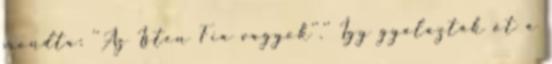
mondta: ''Az Isten Fia vagyok''.'' Így gyalázták őt a